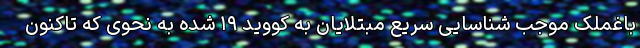
باغملک موجب شناسایی سریع مبتلایان به کووید ۱۹ شده به نحوی که تاکنون